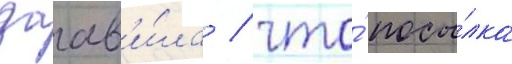
заав'и́ла / что́ посы́лка